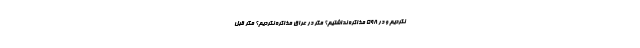
نکردیم و در ۵۹۸ مذاکره نداشتیم؟ مگر در عراق مذاکره نکردیم؟ مگر قبل